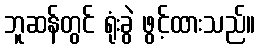
ဘူဆန်တွင် ရုံးခွဲ ဖွင့်ထားသည်။